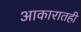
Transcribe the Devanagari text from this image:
आकारातही